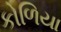
કોળિયા